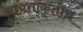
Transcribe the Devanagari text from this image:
आयताकृतीच